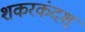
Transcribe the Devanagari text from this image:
शकरकंदश्